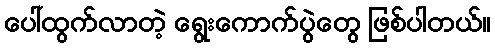
ပေါ်ထွက်လာတဲ့ ရွေးကောက်ပွဲတွေ ဖြစ်ပါတယ်။